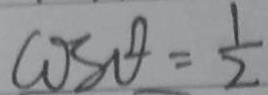
\cos \theta = \frac { 1 } { 2 }